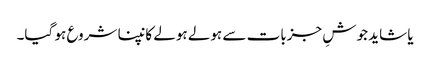
یا شاید جوشِ جزبات سے ہولے ہولے کانپنا شروع ہو گیا۔